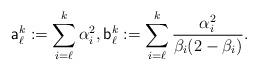
LaTeX: \begin{align*}\mathsf{a}_\ell^k:=\sum_{i=\ell}^k\alpha_i^2,\mathsf{b}_\ell^k:=\sum_{i=\ell}^k\frac{\alpha_i^2}{\beta_i(2-\beta_i)}.\end{align*}